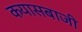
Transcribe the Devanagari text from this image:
कयासबाजी